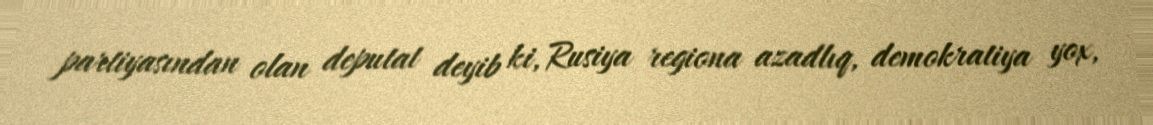
partiyasından olan deputat deyib ki, Rusiya regiona azadlıq, demokratiya yox,